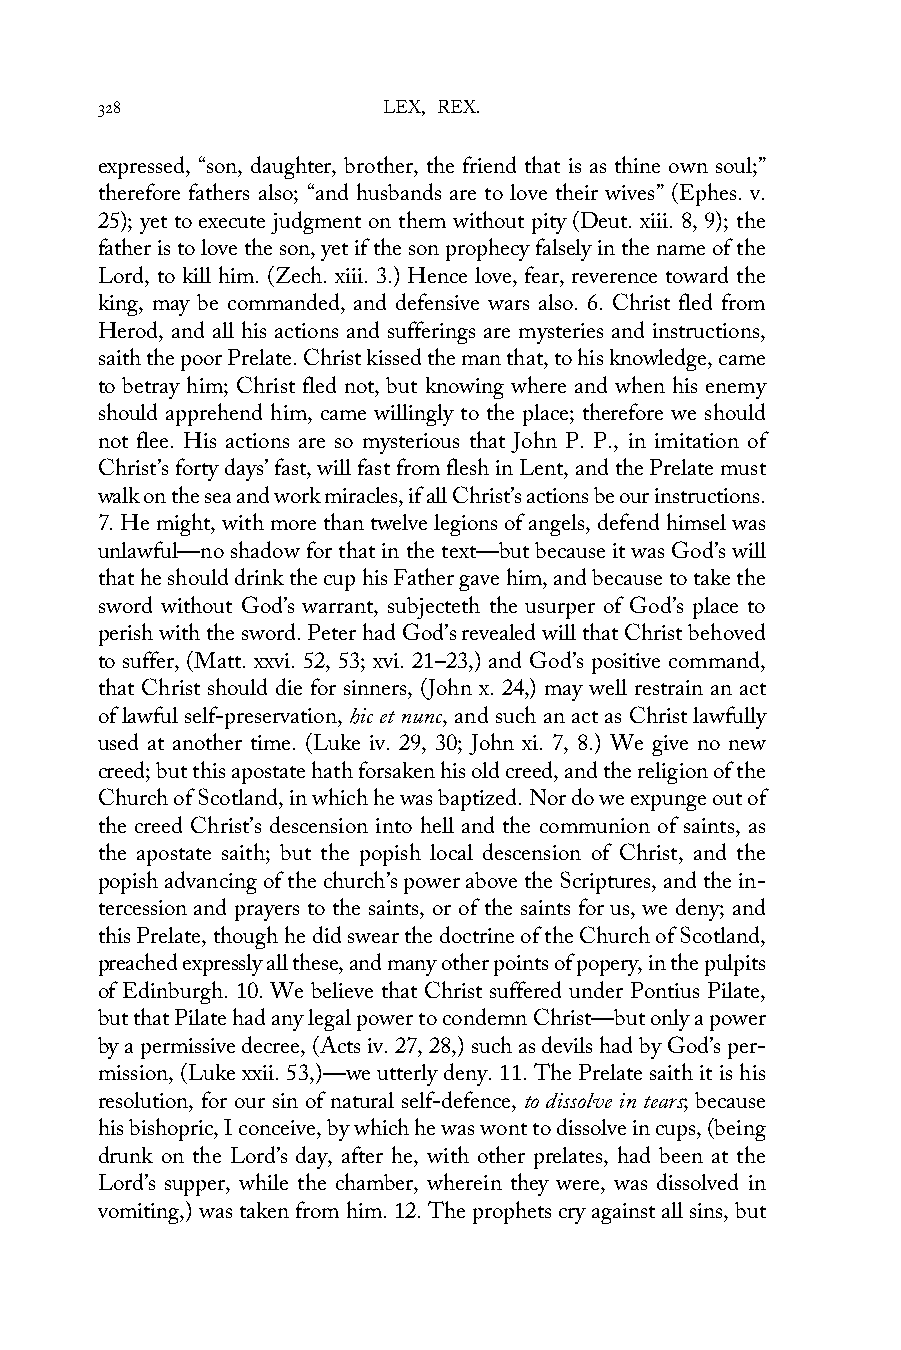
328                LEX, REX.
 expressed, “son, daughter, brother, the friend that is as thine own soul;”
 therefore fathers also; “and husbands are to love their wives” (Ephes. v.
 25); yet to execute judgment on them without pity (Deut. xiii. 8, 9); the
 father is to love the son, yet if the son prophecy falsely in the name of the
 Lord, to kill him. (Zech. xiii. 3.) Hence love, fear, reverence toward the
 king, may be commanded, and defensive wars also. 6. Christ fled from
 Herod, and all his actions and sufferings are mysteries and instructions,
 saith the poor Prelate. Christ kissed the man that, to his knowledge, came
 to betray him; Christ fled not, but knowing where and when his enemy
 should apprehend him, came willingly to the place; therefore we should
 not flee. His actions are so mysterious that John P. P., in imitation of
 Christ’s forty days’ fast, will fast from flesh in Lent, and the Prelate must
 walk on the sea and work miracles, if all Christ’s actions be our instructions.
 7. He might, with more than twelve legions of angels, defend himsel was
 unlawful—no shadow for that in the text—but because it was God’s will
 that he should drink the cup his Father gave him, and because to take the
 sword without God’s warrant, subjecteth the usurper of God’s place to
 perish with the sword. Peter had God’s revealed will that Christ behoved
 to suffer, (Matt. xxvi. 52, 53; xvi. 21–23,) and God’s positive command,
 that Christ should die for sinners, (John x. 24,) may well restrain an act
 of lawful self-preservation, hic et nunc, and such an act as Christ lawfully
 used at another time. (Luke iv. 29, 30; John xi. 7, 8.) We give no new
 creed; but this apostate hath forsaken his old creed, and the religion of the
 Church of Scotland, in which he was baptized. Nor do we expunge out of
 the creed Christ’s descension into hell and the communion of saints, as
 the apostate saith; but the popish local descension of Christ, and the
 popish advancing of the church’s power above the Scriptures, and the in-
 tercession and prayers to the saints, or of the saints for us, we deny; and
 this Prelate, though he did swear the doctrine of the Church of Scotland,
 preached expressly all these, and many other points of popery, in the pulpits
 of Edinburgh. 10. We believe that Christ suffered under Pontius Pilate,
 but that Pilate had any legal power to condemn Christ—but only a power
 by a permissive decree, (Acts iv. 27, 28,) such as devils had by God’s per-
 mission, (Luke xxii. 53,)—we utterly deny. 11. The Prelate saith it is his
 resolution, for our sin of natural self-defence, to dissolve in tears; because
 his bishopric, I conceive, by which he was wont to dissolve in cups, (being
 drunk on the Lord’s day, after he, with other prelates, had been at the
 Lord’s supper, while the chamber, wherein they were, was dissolved in
 vomiting,) was taken from him. 12. The prophets cry against all sins, but